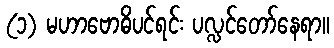
(၁) မဟာဗောဓိပင်ရင်း ပလ္လင်တော်နေရာ။